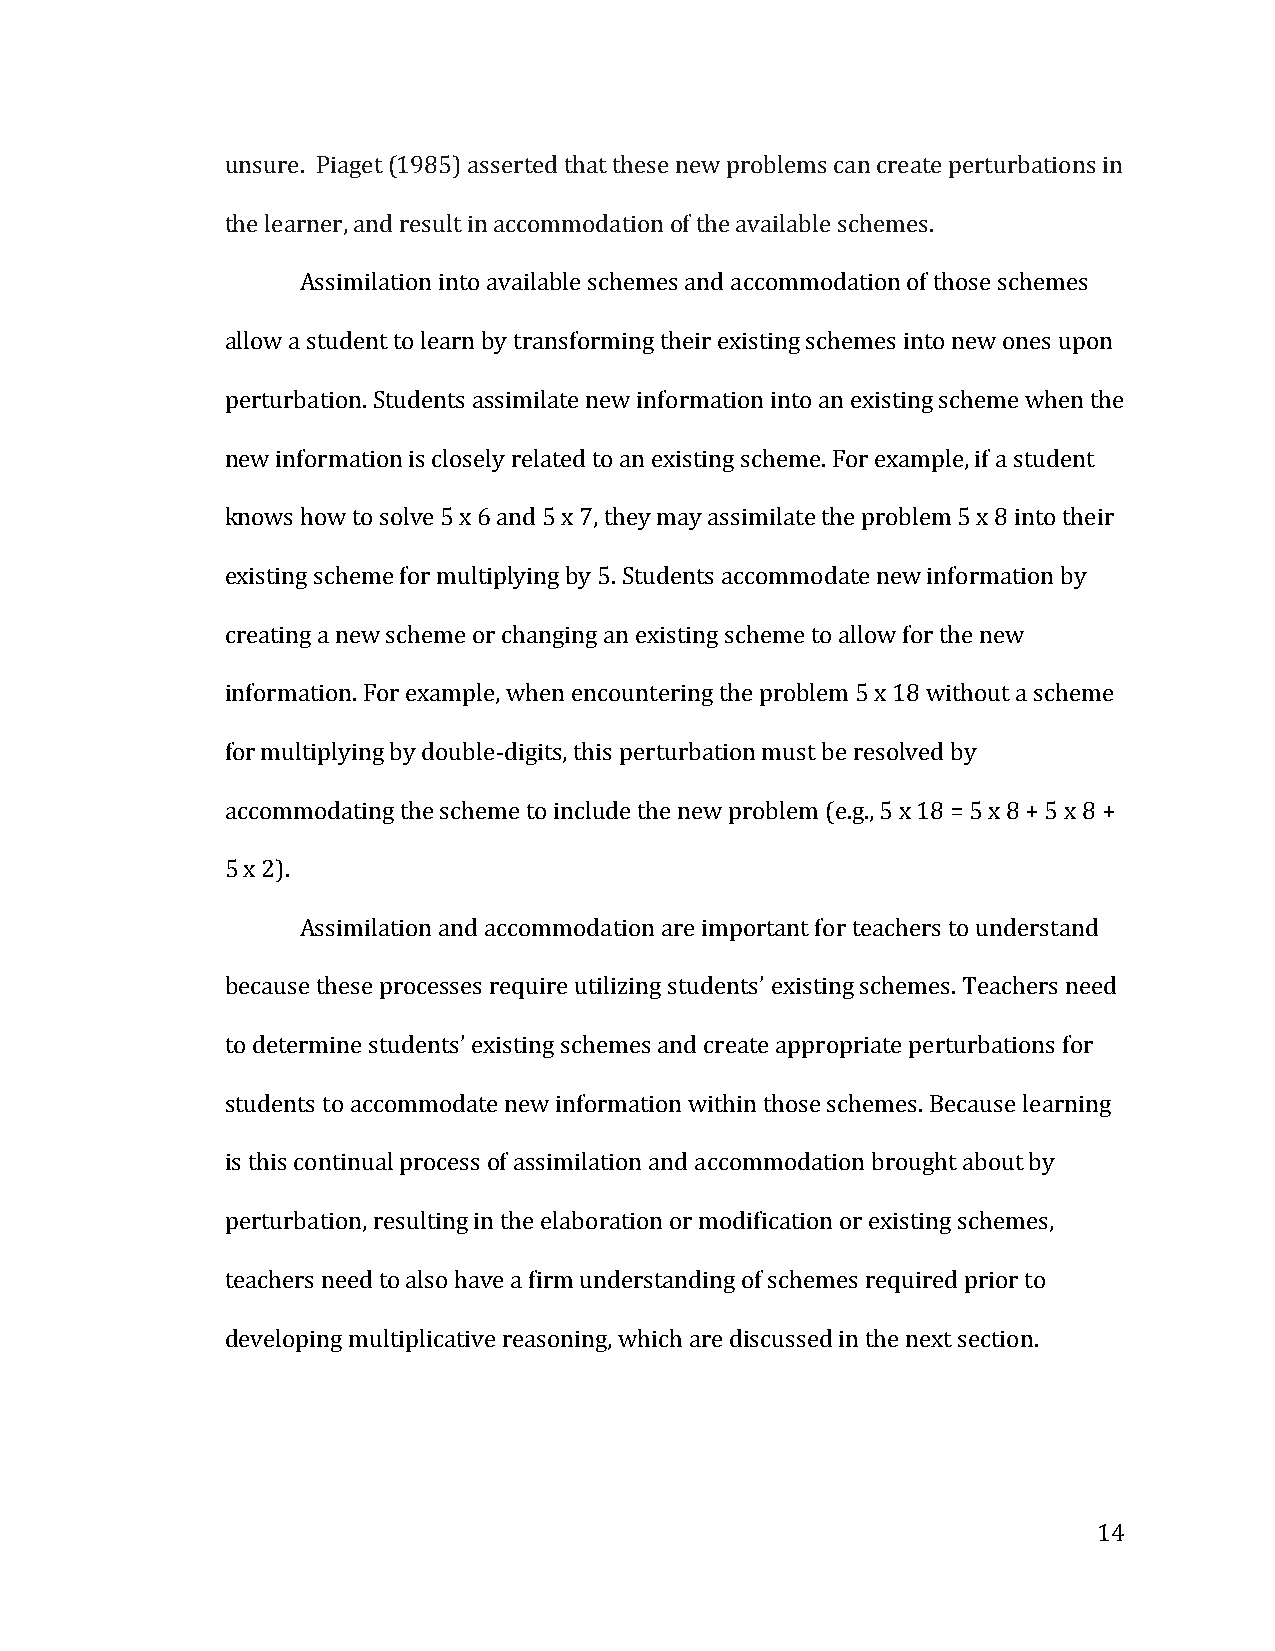
unsure. Piaget (1985) asserted that these new problems can create perturbations in
 the learner, and result in accommodation of the available schemes.
 Assimilation into available schemes and accommodation of those schemes
 allow a student to learn by transforming their existing schemes into new ones upon
 perturbation. Students assimilate new information into an existing scheme when the
 new information is closely related to an existing scheme. For example, if a student
 knows how to solve 5 x 6 and 5 x 7, they may assimilate the problem 5 x 8 into their
 existing scheme for multiplying by 5. Students accommodate new information by
 creating a new scheme or changing an existing scheme to allow for the new
 information. For example, when encountering the problem 5 x 18 without a scheme
 for multiplying by double-­‐digits, this perturbation must be resolved by
 accommodating the scheme to include the new problem (e.g., 5 x 18 = 5 x 8 + 5 x 8 +
 5 x 2).
 Assimilation and accommodation are important for teachers to understand
 because these processes require utilizing students’ existing schemes. Teachers need
 to determine students’ existing schemes and create appropriate perturbations for
 students to accommodate new information within those schemes. Because learning
 is this continual process of assimilation and accommodation brought about by
 perturbation, resulting in the elaboration or modification or existing schemes,
 teachers need to also have a firm understanding of schemes required prior to
 developing multiplicative reasoning, which are discussed in the next section.
 14